Civil Veterinary Department Bengal reports 1923-33 - 1923-1933
Year: 1923
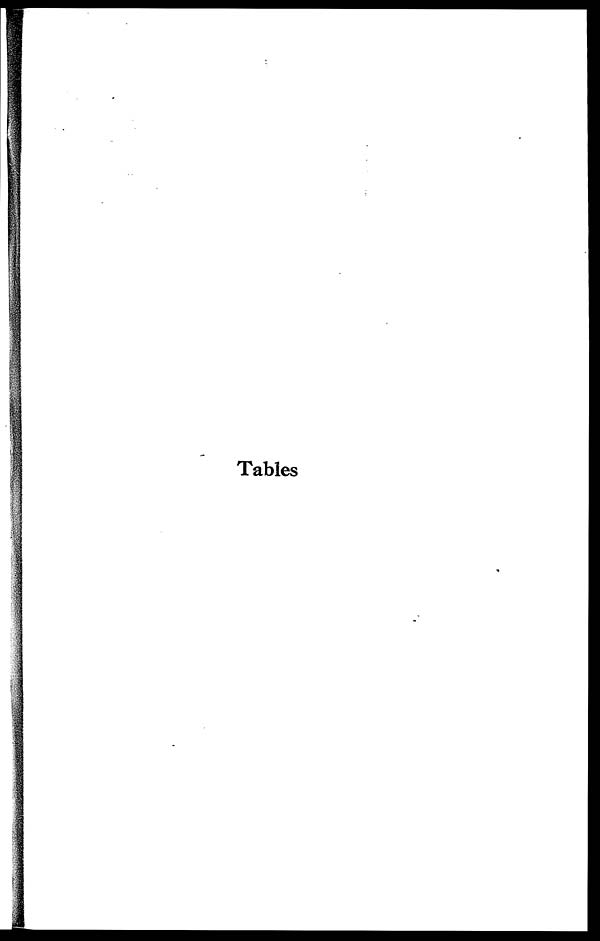
Tables